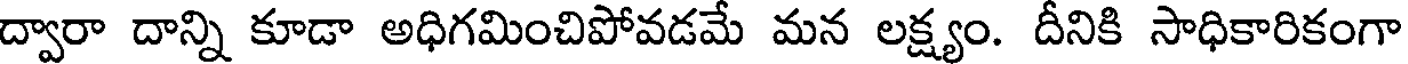
ద్వారా దాన్ని కూడా అధిగమించిపోవడమే మన లక్ష్యం. దీనికి సాధికారికంగా